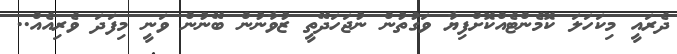
ދެރައީ މިކަހަލަ ކޮމެންޓެއްކޮށްފިޔާ ވަގުތުން ނުޖަހަދޭތީ ޒުވާނުން ބޭނުން ވަނީ މިފަދަ ވެރިއެއް..